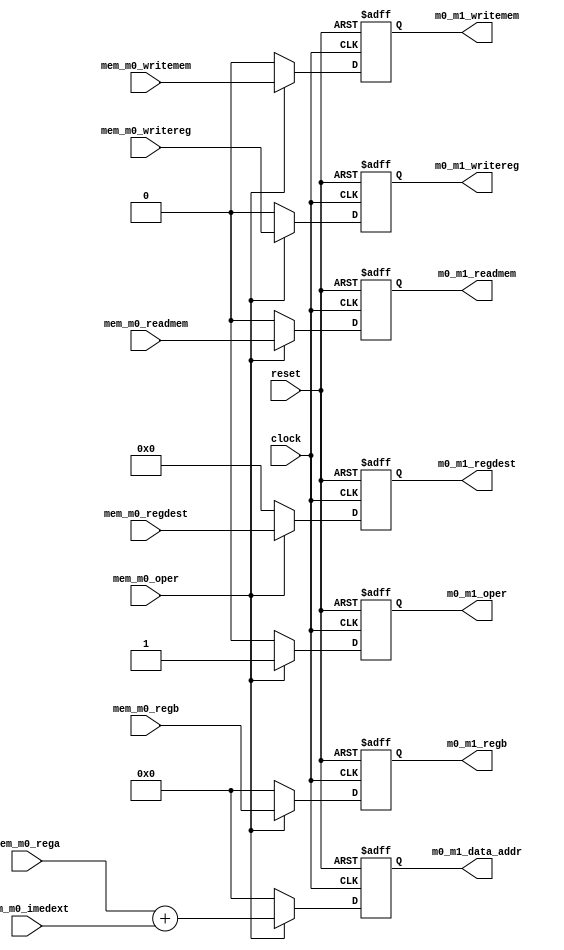
module Mem_0 (
    input clock,
    input reset,
    
    input mem_m0_oper,
    input mem_m0_readmem,
    input mem_m0_writemem,
    input [31:0] mem_m0_rega,
    input [31:0] mem_m0_imedext,
    input [31:0] mem_m0_regb,
    input [4:0] mem_m0_regdest,
    input mem_m0_writereg,

    output reg m0_m1_oper,
    output reg m0_m1_readmem,
    output reg m0_m1_writemem,
    output reg [31:0] m0_m1_data_addr,
    output reg [31:0] m0_m1_regb,
    output reg [4:0] m0_m1_regdest,
    output reg m0_m1_writereg
);

    always @(posedge clock or negedge reset) begin
        if (~reset) begin
            m0_m1_oper <= 1'b0;
            m0_m1_readmem <= 1'b0;
            m0_m1_writemem <= 1'b0;
            m0_m1_data_addr <= 32'h0000_0000;
            m0_m1_regb <= 32'h0000_0000;
            m0_m1_regdest <= 5'b00000;
            m0_m1_writereg <= 1'b0;
        end else if (~mem_m0_oper) begin
            m0_m1_oper <= 1'b0;
            m0_m1_readmem <= 1'b0;
            m0_m1_writemem <= 1'b0;
            m0_m1_data_addr <= 32'h0000_0000;
            m0_m1_regb <= 32'h0000_0000;
            m0_m1_regdest <= 5'b00000;
            m0_m1_writereg <= 1'b0;
        end else begin
            m0_m1_oper <= 1'b1;
            m0_m1_readmem <= mem_m0_readmem;
            m0_m1_writemem <= mem_m0_writemem;
            m0_m1_data_addr <= mem_m0_rega + mem_m0_imedext;
            m0_m1_regb <= mem_m0_regb;
            m0_m1_regdest <= mem_m0_regdest;
            m0_m1_writereg <= mem_m0_writereg;
        end
    end

endmodule